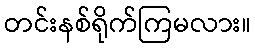
တင်းနစ်ရိုက်ကြမလား။